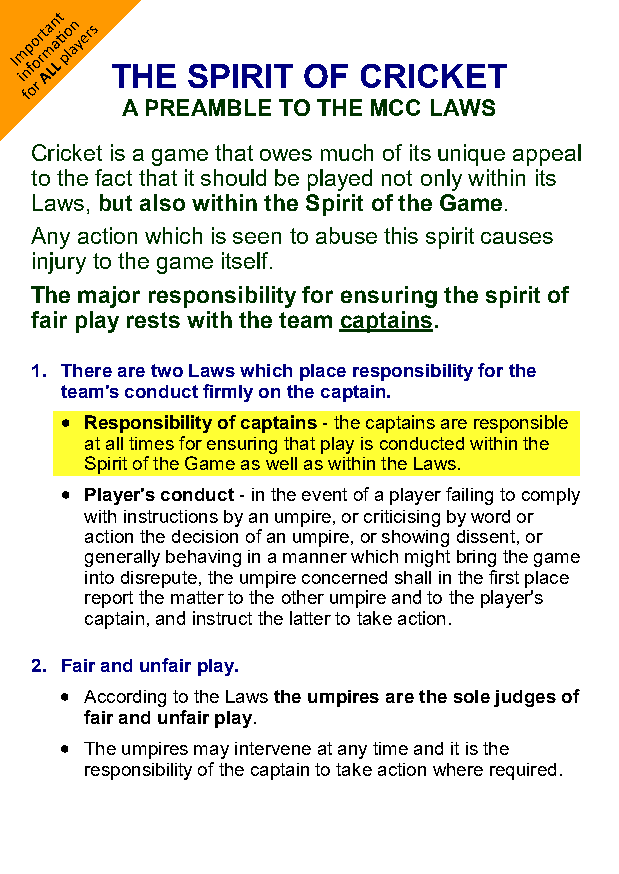
S
 THE   SPIRIT OF  CRICKET
 A PREAMBLE TO THE MCC LAWS
 Cricket is a game that owes much of its unique appeal
 to the fact that it should be played not only within its
 Laws, but also within the Spirit of the Game.
 Any action which is seen to abuse this spirit causes
 injury to the game itself.
 The major responsibility for ensuring the spirit of
 fair play rests with the team captains.
 1. There are two Laws which place responsibility for the
 team's conduct firmly on the captain.
 • Responsibility of captains - the captains are responsible
 at all times for ensuring that play is conducted within the
 Spirit of the Game as well as within the Laws.
 • Player's conduct - in the event of a player failing to comply
 with instructions by an umpire, or criticising by word or
 action the decision of an umpire, or showing dissent, or
 generally behaving in a manner which might bring the game
 into disrepute, the umpire concerned shall in the first place
 report the matter to the other umpire and to the player's
 captain, and instruct the latter to take action.
 2. Fair and unfair play.
 • According to the Laws the umpires are the sole judges of
 fair and unfair play.
 • The umpires may intervene at any time and it is the
 responsibility of the captain to take action where required.